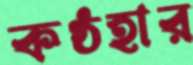
কণ্ঠহার